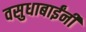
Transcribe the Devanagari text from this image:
वसुधाबाईंनी